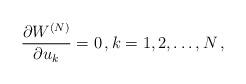
LaTeX: \begin{align*} \frac{\partial W^{(N)}}{\partial u_k}=0\, , k=1,2,\dots,N\, ,\end{align*}